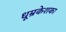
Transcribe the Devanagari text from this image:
धूम्रकेशका